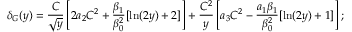
\delta _ { G } ( y ) = \frac { C } { \sqrt y } \left[ 2 a _ { 2 } C ^ { 2 } + \frac { \beta _ { 1 } } { \beta _ { 0 } ^ { 2 } } [ \ln ( 2 y ) + 2 ] \right] + \frac { C ^ { 2 } } { y } \left[ a _ { 3 } C ^ { 2 } - \frac { a _ { 1 } \beta _ { 1 } } { \beta _ { 0 } ^ { 2 } } [ \ln ( 2 y ) + 1 ] \right] ;